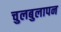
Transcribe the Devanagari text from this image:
चुलबुलापन